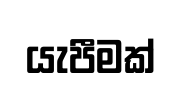
යැපීමක්